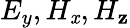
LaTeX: E_{y},H_{\mathit{x}},H_{\mathbf{z}}